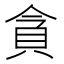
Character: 貪